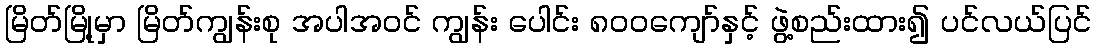
မြိတ်မြို့မှာ မြိတ်ကျွန်းစု အပါအဝင် ကျွန်း ပေါင်း ၈၀၀ကျော်နှင့် ဖွဲ့စည်းထား၍ ပင်လယ်ပြင်